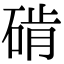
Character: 𬒔